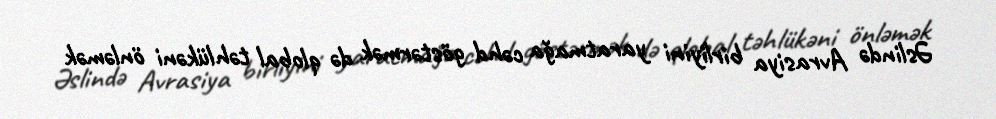
Əslində Avrasiya birliyini yaratmağa cəhd göstərmək də qlobal təhlükəni önləmək